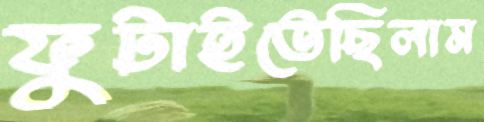
ফুটাইতেছিলাম